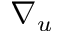
\nabla _ { u }